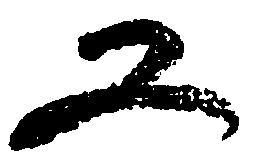
又